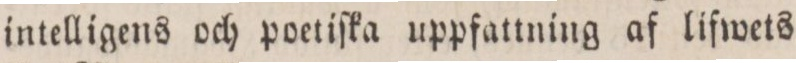
intelligens och poetiſka uppfattning af lifwets